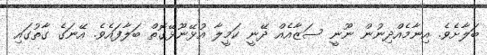
ބަލާށެވެ. އިނާމެއްދިނުން ނޫނީ ސަޒާއެއް ދޭނީ ކަމީލާ އުޅޭނޫޅޭގޮތް ބަލާފައެވެ. އޭނަގެ ގާތުގައި